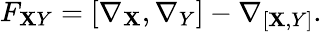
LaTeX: F_{\mathbf{X}Y}=[\nabla_{\mathbf{X}},\nabla_{Y}]-\nabla_{[\mathbf{X},Y]}.